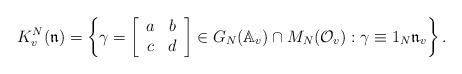
LaTeX: \begin{align*}K_{v}^N(\mathfrak{n})=\left\{\gamma=\left[\begin{array}{cc}a & b\\c & d\end{array}\right]\in G_N(\mathbb{A}_{v})\cap M_N(\mathcal{O}_v):\gamma\equiv 1_N\mathfrak{n}_v\right\}.\end{align*}